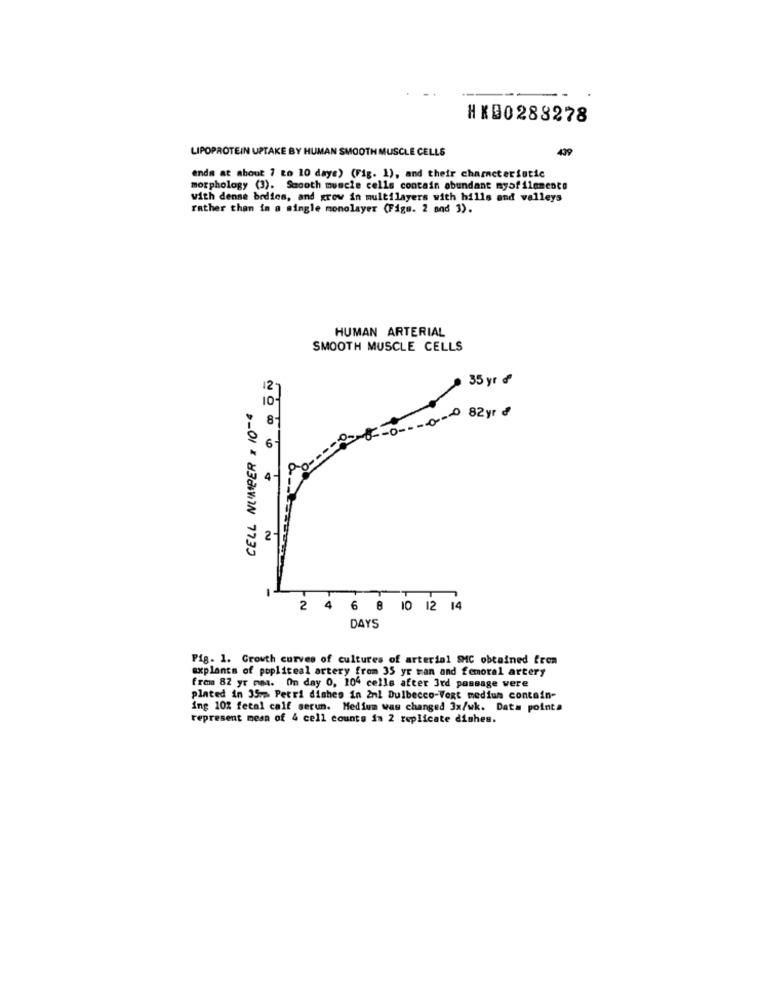
HKD0288278
439
LIPOPROTEIN UPTAKE BY HUMAN SMOOTH MUSCLE CELLS
ends at about 7 to 10 days) (Fig. 1), and their characteristic
morphology (3). Smooth muscle cells contain abundant myofilamento
with dense bodies, and grow in multilayers with hills and valleys
rather than in a single monolayer (Figs. 2 and 3).
HUMAN ARTERIAL
SMOOTH MUSCLE CELLS
35 yr ₫
CELL NUMBER = 10-4
--------- 82yr
4-
NOWO +
2-
2 4 6 8 10 12 14
DAYS
Pig. 1. Growth curves of cultures of arterial SMC obtained from
explants of popliceal artery from 35 yr man and femoral artery
from 82 yr maa. Omn day 0, 104 celle after 3rd passage were
plated in 35mm Petri dishes in 2nl Dulbecco-Vogt medium contain-
ing 10% fetal calf serun. Medium was changed 3x/wk. Data pointa
represent mesa of 4 cell counts im 2 replicate dishes.